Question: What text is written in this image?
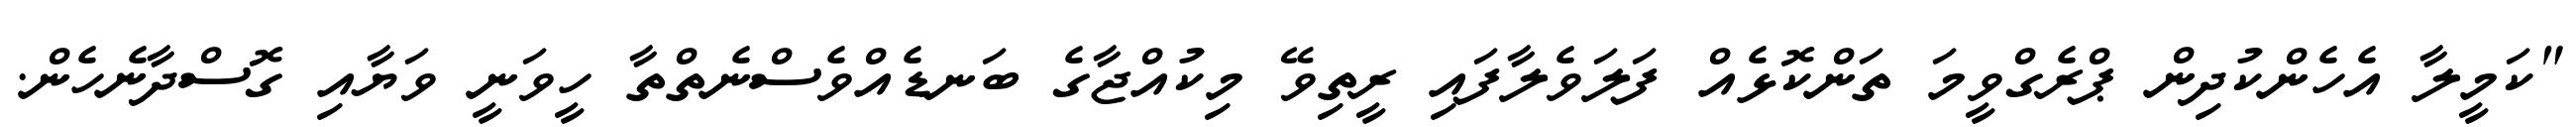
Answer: "ކަމީލާ އެހެންކުދިން ޕްރެގްވީމަ ތަންކޮޅެއް ފަލަވެލާފައި ރީތިވޭ މިކުއްޖާގެ ބަނޑެއްވެސްނެތްތާ ހީވަނީ ވަޔާއި ގޮސްދާނެހެން.